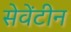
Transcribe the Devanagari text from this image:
सेवेंटीन